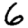
Digit: 6